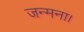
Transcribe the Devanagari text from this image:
जन्मना।